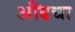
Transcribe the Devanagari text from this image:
औंढचा